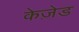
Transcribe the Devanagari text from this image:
केज़ेड